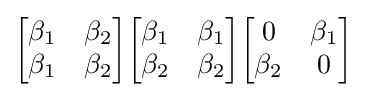
{\begin{bmatrix}\beta _{1}&\beta _{2}\\\beta _{1}&\beta _{2}\end{bmatrix}}{\begin{bmatrix}\beta _{1}&\beta _{1}\\\beta _{2}&\beta _{2}\end{bmatrix}}{\begin{bmatrix}0&\beta _{1}\\\beta _{2}&0\end{bmatrix}}